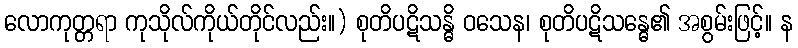
လောကုတ္တရာ ကုသိုလ်ကိုယ်တိုင်လည်း။) စုတိပဋိသန္ဓိ ဝသေန၊ စုတိပဋိသန္ဓေ၏ အစွမ်းဖြင့်။ န